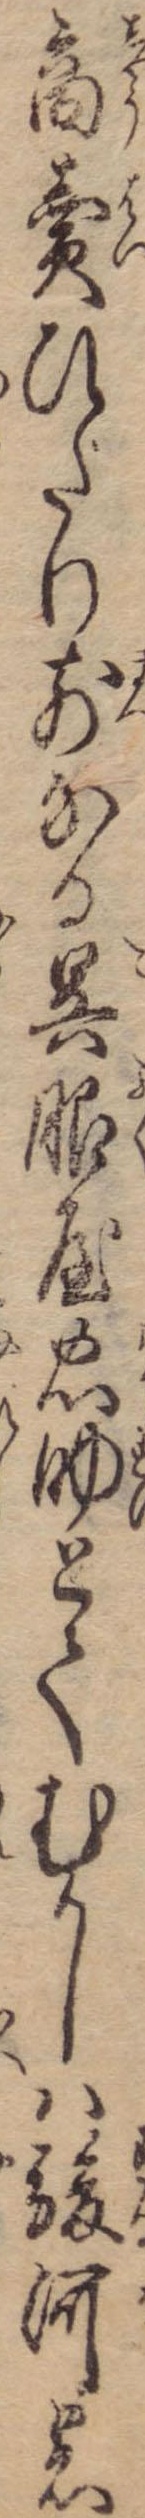
商売ひだり前なる呉服屋忠助とてむかしは駿河の